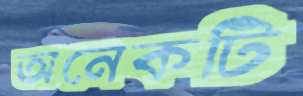
অনেকটি